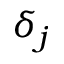
\delta _ { j }